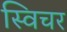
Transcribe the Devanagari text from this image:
स्विचर